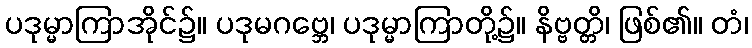
ပဒုမ္မာကြာအိုင်၌။ ပဒုမဂဗ္ဘေ၊ ပဒုမ္မာကြာတို့၌။ နိဗ္ဗတ္တိ၊ ဖြစ်၏။ တံ၊